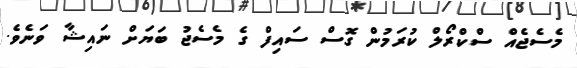
މެސެޖެއް ސްކްރޯލް ކުރަމުން ގޮސް ސައިފް ގެ މެސެޖު ބަޔަށް ނައިޝާ ވަނެވެ.